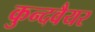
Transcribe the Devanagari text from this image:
कुन्दवैयर